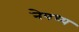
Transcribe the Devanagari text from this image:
नेपध्य